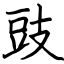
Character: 豉